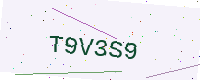
Text: T9V3S9